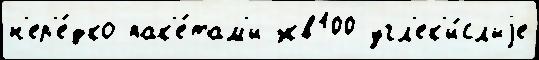
н'ер'е́дко пак'е́там'и экв100 угл'ек'и́слыjе